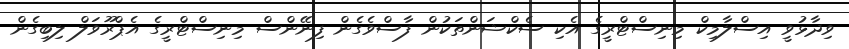
ވިދާޅުވީ އިސްލާމިކް މިނިސްޓްރީގެ އެކި ސެކްޝަންތަކުން ފާސްވެގެން ފިނޭންސް މިނިސްޓްރީގެ އެޕްރޫވަލް ލިބިގެން